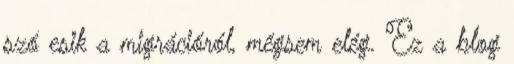
szó esik a migrációról, mégsem elég. Ez a blog